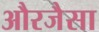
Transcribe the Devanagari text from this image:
औरजैसा